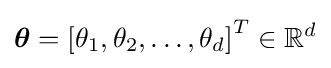
{\boldsymbol {\theta }}=\left[\theta _{1},\theta _{2},\dots ,\theta _{d}\right]^{T}\in \mathbb {R} ^{d}